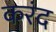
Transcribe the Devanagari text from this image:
करंद